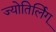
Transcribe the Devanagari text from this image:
ज्योतिर्लिग्